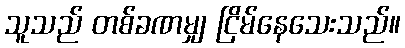
သူသည် တစ်ခဏမျှ ငြိမ်နေသေးသည်။